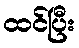
ထင်ပြီး